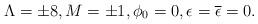
LaTeX: \begin{align*}\Lambda=\pm 8, M=\pm 1, \phi_{0}=0, \epsilon={\overline\epsilon}=0.\end{align*}